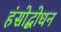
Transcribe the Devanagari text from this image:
हंसोद्बोधन